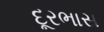
દૂરભાસ